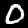
Digit: 0